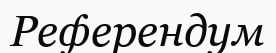
Референдум